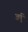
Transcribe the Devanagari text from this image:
अर्पु